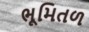
ભૂમિતળ